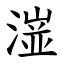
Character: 潂